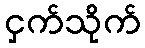
ငှက်သိုက်